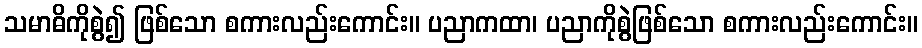
သမာဓိကိုစွဲ၍ ဖြစ်သော စကားလည်းကောင်း။ ပညာကထာ၊ ပညာကိုစွဲဖြစ်သော စကားလည်းကောင်း။